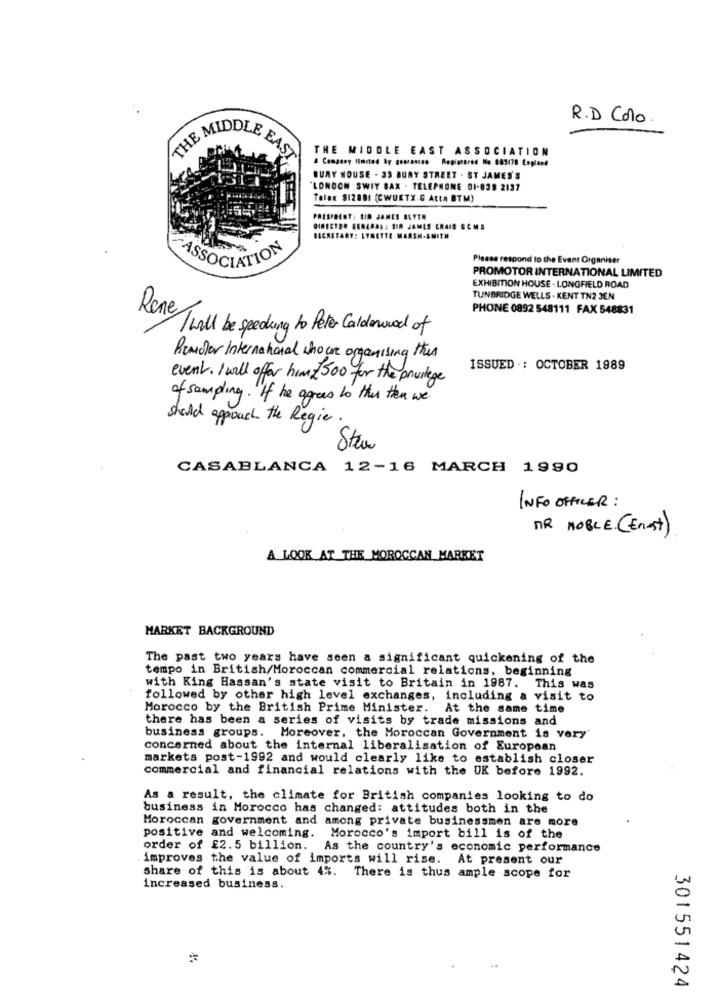
R.D Colo.
THE MIDDLE EAST ASSOCIATION
THE MIDDLE EAST
A Company limited by geerasino Replacered No 085170 England
BURY HOUSE . 33 BURY STREET . ST JAMES'S
'LONDON SWIY BAX . TELEPHONE 01-839 2137
Tolex 912881 (CWUKTX.G Atta BTM)
PRESIDENT: SIR JAMES BAYER
SECRETARY: LYNETTE MARSH-SMITH
Please respond to the Event Organiser
ASSOCIATION
PROMOTOR INTERNATIONAL LIMITED
EXHIBITION HOUSE - LONGFIELD ROAD
TUNBRIDGE WELLS - KENT TN2 JEN
Rene
PHONE 0892 548111 FAX 548831
Twill be speaking to Peter Calderwood of
Render International who are organising this
ISSUED .: OCTOBER 1989
event. I will offer him 500 for the privilege
of sampling. " If he agrees to this then we.
should approach the Regie .
Steve
CASABLANCA 12-16 MARCH 1990
INFO OFFICER :
DR NOBLE. (Enest)
A LOOK AT THE MOROCCAN MARKET
MARKET BACKGROUND
The past two years have seen a significant quickening of the
tempo in British/Moroccan commercial relations, beginning
with King Hassan's state visit to Britain in 1987. This was
followed by other high level exchanges, including a visit to
Morocco by the British Prime Minister. At the same time
there has been a series of visits by trade missions and
business groups. Moreover, the Moroccan Government is very'
concerned about the internal liberalisation of European
markets post-1992 and would clearly like to establish closer
commercial and financial relations with the UK before 1992.
As a result, the climate for British companies looking to do
business in Morocco has changed: attitudes both in the
Moroccan government and among private businessmen are more
positive and welcoming. Morocco's import bill is of the
order of £2.5 billion.
As the country's economic performance
improves the value of imports will rise. At present our
share of this is about 4%. There is thus ample scope for
increased business.
301551424